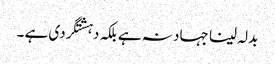
بدلہ لینا جہاد نہ ہے بلکہ دہشتگردی ہے ۔